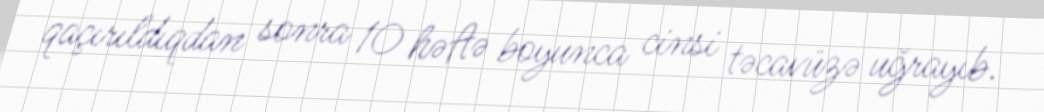
qaçırıldıqdan sonra 10 həftə boyunca cinsi təcavüzə uğrayıb.